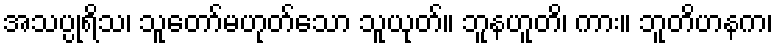
အသပ္ပုရိသ၊ သူတော်မဟုတ်သော သူယုတ်။ ဘူနဟူတိ၊ ကား။ ဘူတိဟနက၊